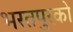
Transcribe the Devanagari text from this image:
भरतपुरको